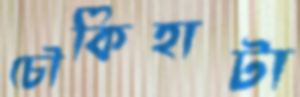
চৌকিহাটা